Scottish Leaving Certificate Examination, 1952
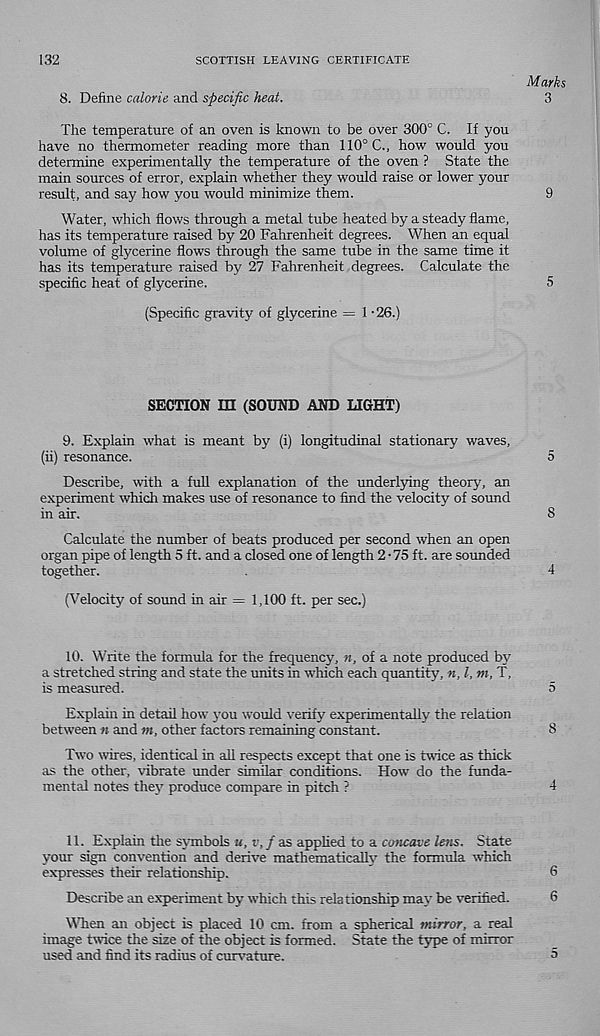
132
SCOTTISH LEAVING CERTIFICATE
Marks
8. Define calorie and specific heat.
3
The temperature of an oven is known to be over 300° C. If you
have no thermometer reading more than 110° C., how would you
determine experimentally the temperature of the oven ? State the
main sources of error, explain whether they would raise or lower your
result, and say how you would minimize them.
9
Water, which flows through a metal tube heated by a steady flame,
has its temperature raised by 20 Fahrenheit degrees. When an equal
volume of glycerine flows through the same tube in the same time it
has its temperature raised by 27 Fahrenheit degrees. Calculate the
specific heat of glycerine.
5
(Specific gravity of glycerine = 1 -26.)
SECTION m (SOUND AND LIGHT)
9. Explain what is meant by (i) longitudinal stationary waves,
(ii) resonance.
5
Describe, with a full explanation of the underlying theory, an
experiment which makes use of resonance to find the velocity of sound
in air.
8
Calculate the number of beats produced per second when an open
organ pipe of length 5 ft. and a closed one of length 2 • 75 ft. are sounded
together.
.
4
(Velocity of sound in air = 1,100 ft. per sec.)
10. Write the formula for the frequency, », of a note produced by
a stretched string and state the units in which each quantity, it, l, m, T,
is measured.
5
Explain in detail how you would verify experimentally the relation
between n and m, other factors remaining constant.
8
Two wires, identical in all respects except that one is twice as thick
as the other, -vibrate under similar conditions. How do the funda-
mental notes they produce compare in pitch ?
4
11. Explain the symbols u, v, f as applied to a concave lens. State
your sign convention and derive mathematically the formula which
expresses their relationship.
6
Describe an experiment by which this relationship mat' be verified.
6
When an object is placed 10 cm. from a spherical mirror, a real
image twice the size of the object is formed. State the type of mirror
used and find its radius of curvature.
5